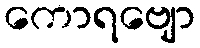
ကောရဗျော